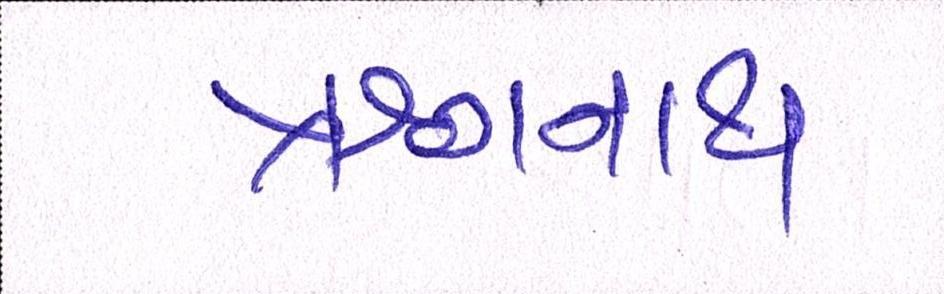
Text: ઋગનાથ